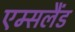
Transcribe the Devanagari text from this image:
एम्सलैंड